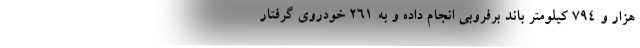
هزار و ۷۹۴ کیلومتر باند برفروبی انجام داده و به ۲۶۱ خودروی گرفتار